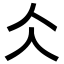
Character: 仌